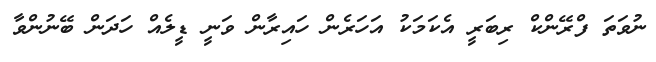
ނުވަތަ ފްރޭންކް ރިބަރީ އެކަމަކު އަހަރެން ހައިރާން ވަނީ ޑީލެއް ހަދަން ބޭނުންވާ